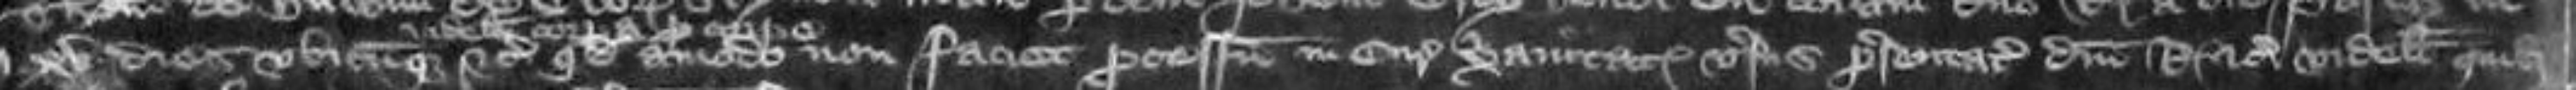
XV dies ubicumque etc quod amodo non faciet processu in curia Christianitatis versus presentationem domini Regis etc videlicet quibus